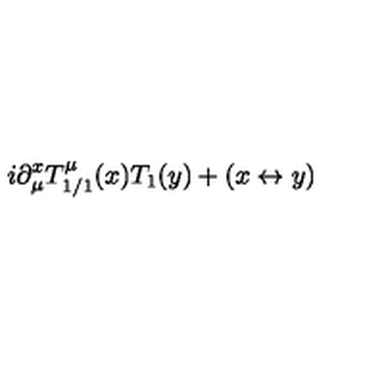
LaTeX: i \partial _ { \mu } ^ { x } T _ { 1 / 1 } ^ { \mu } ( x ) T _ { 1 } ( y ) + ( x \leftrightarrow y )